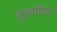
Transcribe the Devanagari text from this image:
शुल्वविद्या